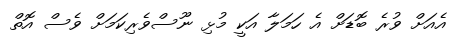
އެއަށް ވުރެ ބޮޑަށް އެ ހަމަލާ އަކީ މުޅި ނޫސްވެރިކަމަށް ވެސް އޮތް